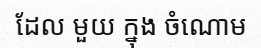
ដែល មួយ ក្នុង ចំណោម